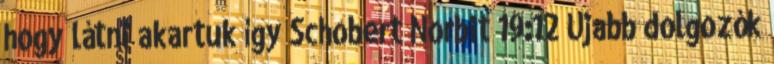
hogy látni akartuk így Schobert Norbit 19:12 Újabb dolgozók